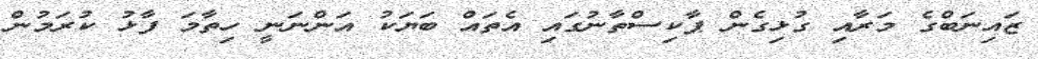
ޒައިނަބްގެ މަރާއި ގުޅިގެން ޕާކިސްތާނުގައި އެތައް ބަޔަކު އަންނަނީ ހިތާމަ ފާޅު ކުރަމުން